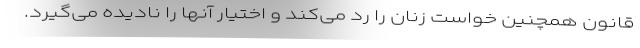
قانون همچنین خواست زنان را رد می‌کند و اختیار آنها را نادیده می‌گیرد.